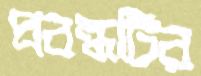
প্রবন্ধটির